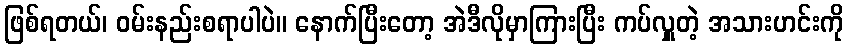
ဖြစ်ရတယ်၊ ဝမ်းနည်းစရာပါပဲ။ နောက်ပြီးတော့ အဲဒီလိုမှာကြားပြီး ကပ်လှူတဲ့ အသားဟင်းကို